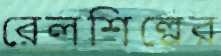
রেলশিল্পের